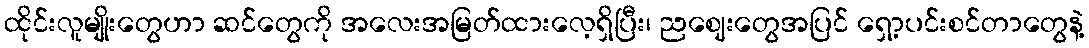
ထိုင်းလူမျိုးတွေဟာ ဆင်တွေကို အလေးအမြတ်ထားလေ့ရှိပြီး၊ ညဈေးတွေအပြင် ရှော့ပင်းစင်တာတွေနဲ့